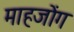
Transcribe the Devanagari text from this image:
माहजोंग